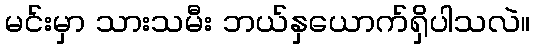
မင်းမှာ သားသမီး ဘယ်နှယောက်ရှိပါသလဲ။